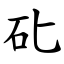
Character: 䂗